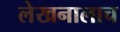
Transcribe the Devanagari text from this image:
लेखनालाच